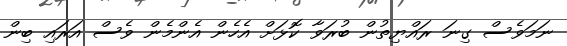
ނަމަވެސް ގިނަ ރައްޔިތުން ބުރަވާ ކޮޅަށް އެހެން އެންމެން ވެސް އަރައި ބިން